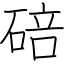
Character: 碚